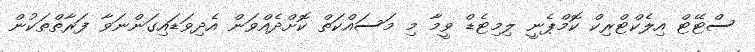
ސްޓޭޓް އިލެކްޓްރިކް ކޮމްޕެނީ ލިމިޓެޑް ވީމާ މި މަސައްކަތް ކޮށްދެއްވަން އެދިވަޑައިގަންނަވާ ފަރާތްތަކުން